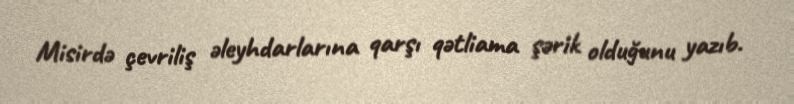
Misirdə çevriliş əleyhdarlarına qarşı qətliama şərik olduğunu yazıb.